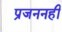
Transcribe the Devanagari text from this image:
प्रजननही